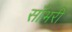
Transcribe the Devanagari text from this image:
साँभरी